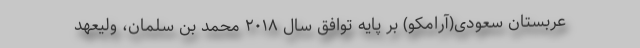
عربستان سعودی(آرامکو) بر پایه توافق سال ۲۰۱۸ محمد بن سلمان، ولیعهد